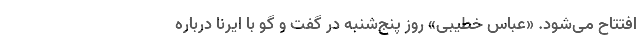
افتتاح می‌شود. «عباس خطیبی» روز پنج‌شنبه در گفت و گو با ایرنا درباره